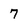
Character: 7